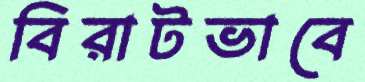
বিরাটভাবে